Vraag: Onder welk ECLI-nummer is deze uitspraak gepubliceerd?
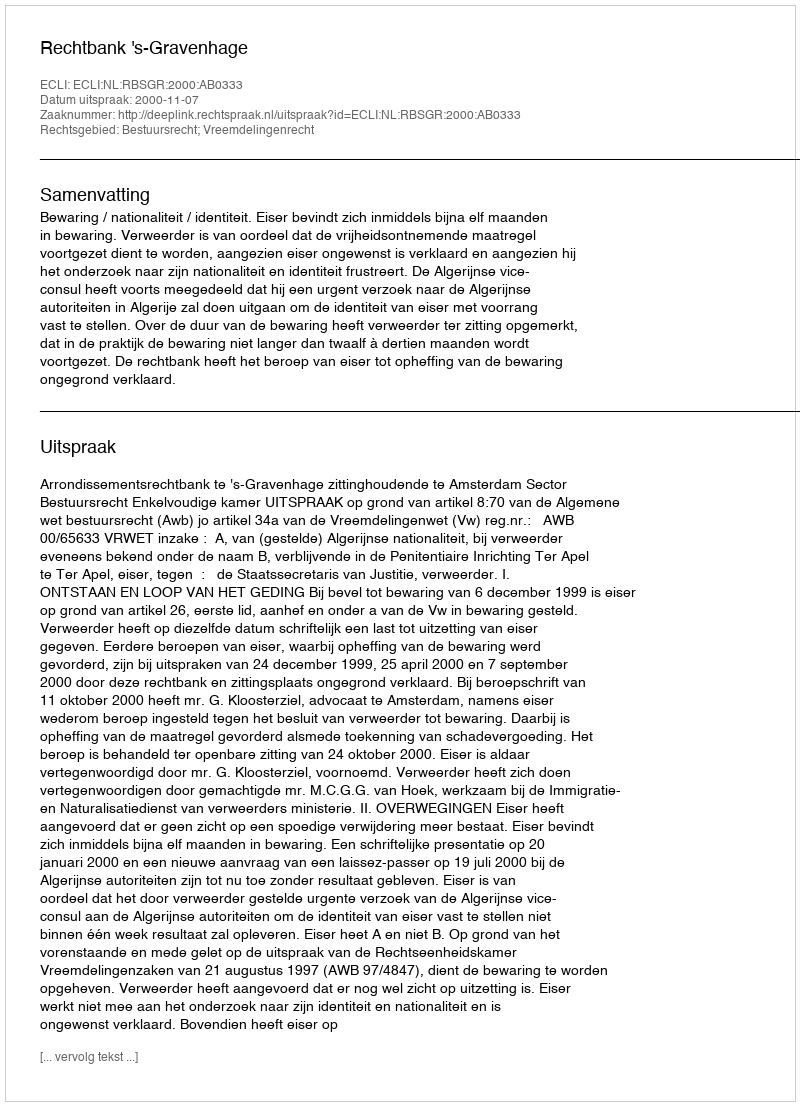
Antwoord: ECLI:NL:RBSGR:2000:AB0333